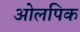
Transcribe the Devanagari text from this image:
ओलपिक